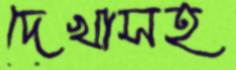
দেখাসহ